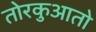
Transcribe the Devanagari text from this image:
तोरकुआतो